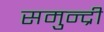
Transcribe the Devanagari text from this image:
समुन्द्री